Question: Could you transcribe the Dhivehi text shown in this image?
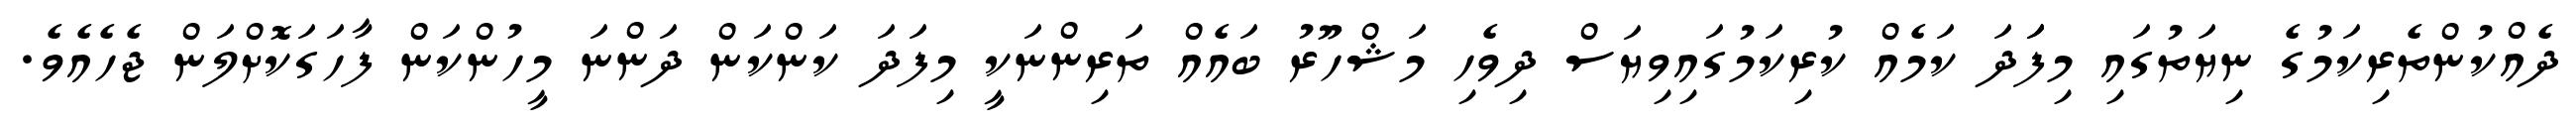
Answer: ދެއްކުންތެރިކަމުގެ ނިޔަތުގައި މިފަަދަ ކަމެއް ކުރިކަމުގައިވިޔަސް ދިވެހި މަޝްހޫރު ބައެއް ތަރިންނަކީ މިފަދަ ކަންކަން ދަންނަ މީހުންކަން ފާހަގަކޮށްލަން ޖެހެއެވެ.